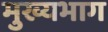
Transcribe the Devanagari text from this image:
मुख्यभाग